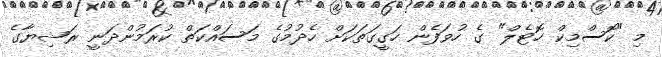
މި "ކޮސްމިކް ހޮޓެލް" ގެ ހުވަފެން ހަގީގަތަކަށް ހެދުމުގެ މަސައްކަތް ކުރަމުންދަނީ ރަޝިޔާގެ